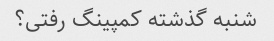
شنبه گذشته کمپینگ رفتی؟